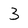
Character: 3